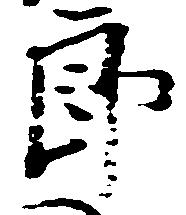
郎